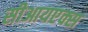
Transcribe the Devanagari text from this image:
सीआयएक्स